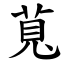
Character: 萈